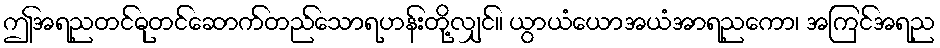
ဤအရညတင်ဓုတင်ဆောက်တည်သောရဟန်းတို့လျှင်။ ယွာယံယောအယံအာရညကော၊ အကြင်အရည